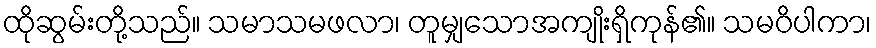
ထိုဆွမ်းတို့သည်။ သမာသမဖလာ၊ တူမျှသောအကျိုးရှိကုန်၏။ သမဝိပါကာ၊